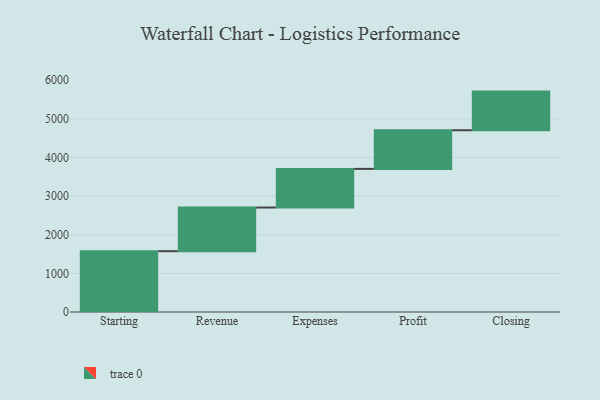
{"axis": {"x": "Step", "y": "Value"}, "legend": [""], "data": [{"x": "Starting", "y": 1574.0, "type": ""}, {"x": "Revenue", "y": 1130.0, "type": ""}, {"x": "Expenses", "y": 1000, "type": ""}, {"x": "Profit", "y": 1000, "type": ""}, {"x": "Closing", "y": 1000, "type": ""}]}